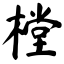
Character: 樘